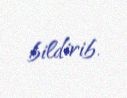
bildirib.